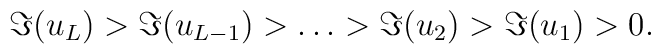
\Im(u_L)>\Im (u_{L-1})>\ldots >\Im (u_2)>\Im (u_1)>0.